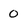
Character: o